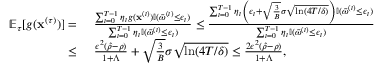
\begin{array} { r l } { \mathbb { E } _ { \tau } [ g ( { \mathbf x } ^ { ( \tau ) } ) ] = } & { ~ \frac { \sum _ { t = 0 } ^ { T - 1 } \eta _ { t } g ( { \mathbf x } ^ { ( t ) } ) \mathbb { I } ( \bar { \omega } ^ { ( t ) } \leq \epsilon _ { t } ) } { \sum _ { t = 0 } ^ { T - 1 } \eta _ { t } \mathbb { I } ( \bar { \omega } ^ { ( t ) } \leq \epsilon _ { t } ) } \leq \frac { \sum _ { t = 0 } ^ { T - 1 } \eta _ { t } \left( \epsilon _ { t } + \sqrt { \frac { 3 } { B } } \sigma \sqrt { \ln ( 4 T / \delta ) } \right) \mathbb { I } ( \bar { \omega } ^ { ( t ) } \leq \epsilon _ { t } ) } { \sum _ { t = 0 } ^ { T - 1 } \eta _ { t } \mathbb { I } ( \bar { \omega } ^ { ( t ) } \leq \epsilon _ { t } ) } } \\ { \leq } & { ~ \frac { \epsilon ^ { 2 } ( \hat { \rho } - \rho ) } { 1 + \Lambda } + \sqrt { \frac { 3 } { B } } \sigma \sqrt { \ln ( 4 T / \delta ) } \leq \frac { 2 \epsilon ^ { 2 } ( \hat { \rho } - \rho ) } { 1 + \Lambda } , } \end{array}